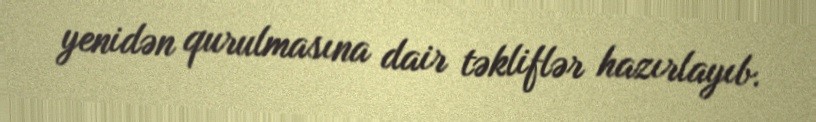
yenidən qurulmasına dair təkliflər hazırlayıb.